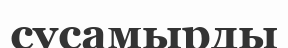
сусамырды